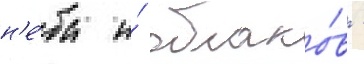
н'е́ба и́ облако́в -